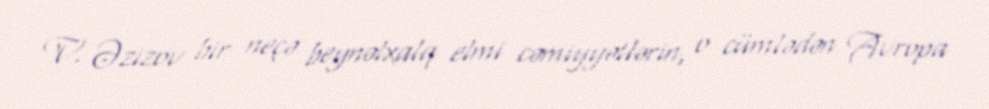
V. Əzizov bir neçə beynəlxalq elmi cəmiyyətlərin, o cümlədən Avropa